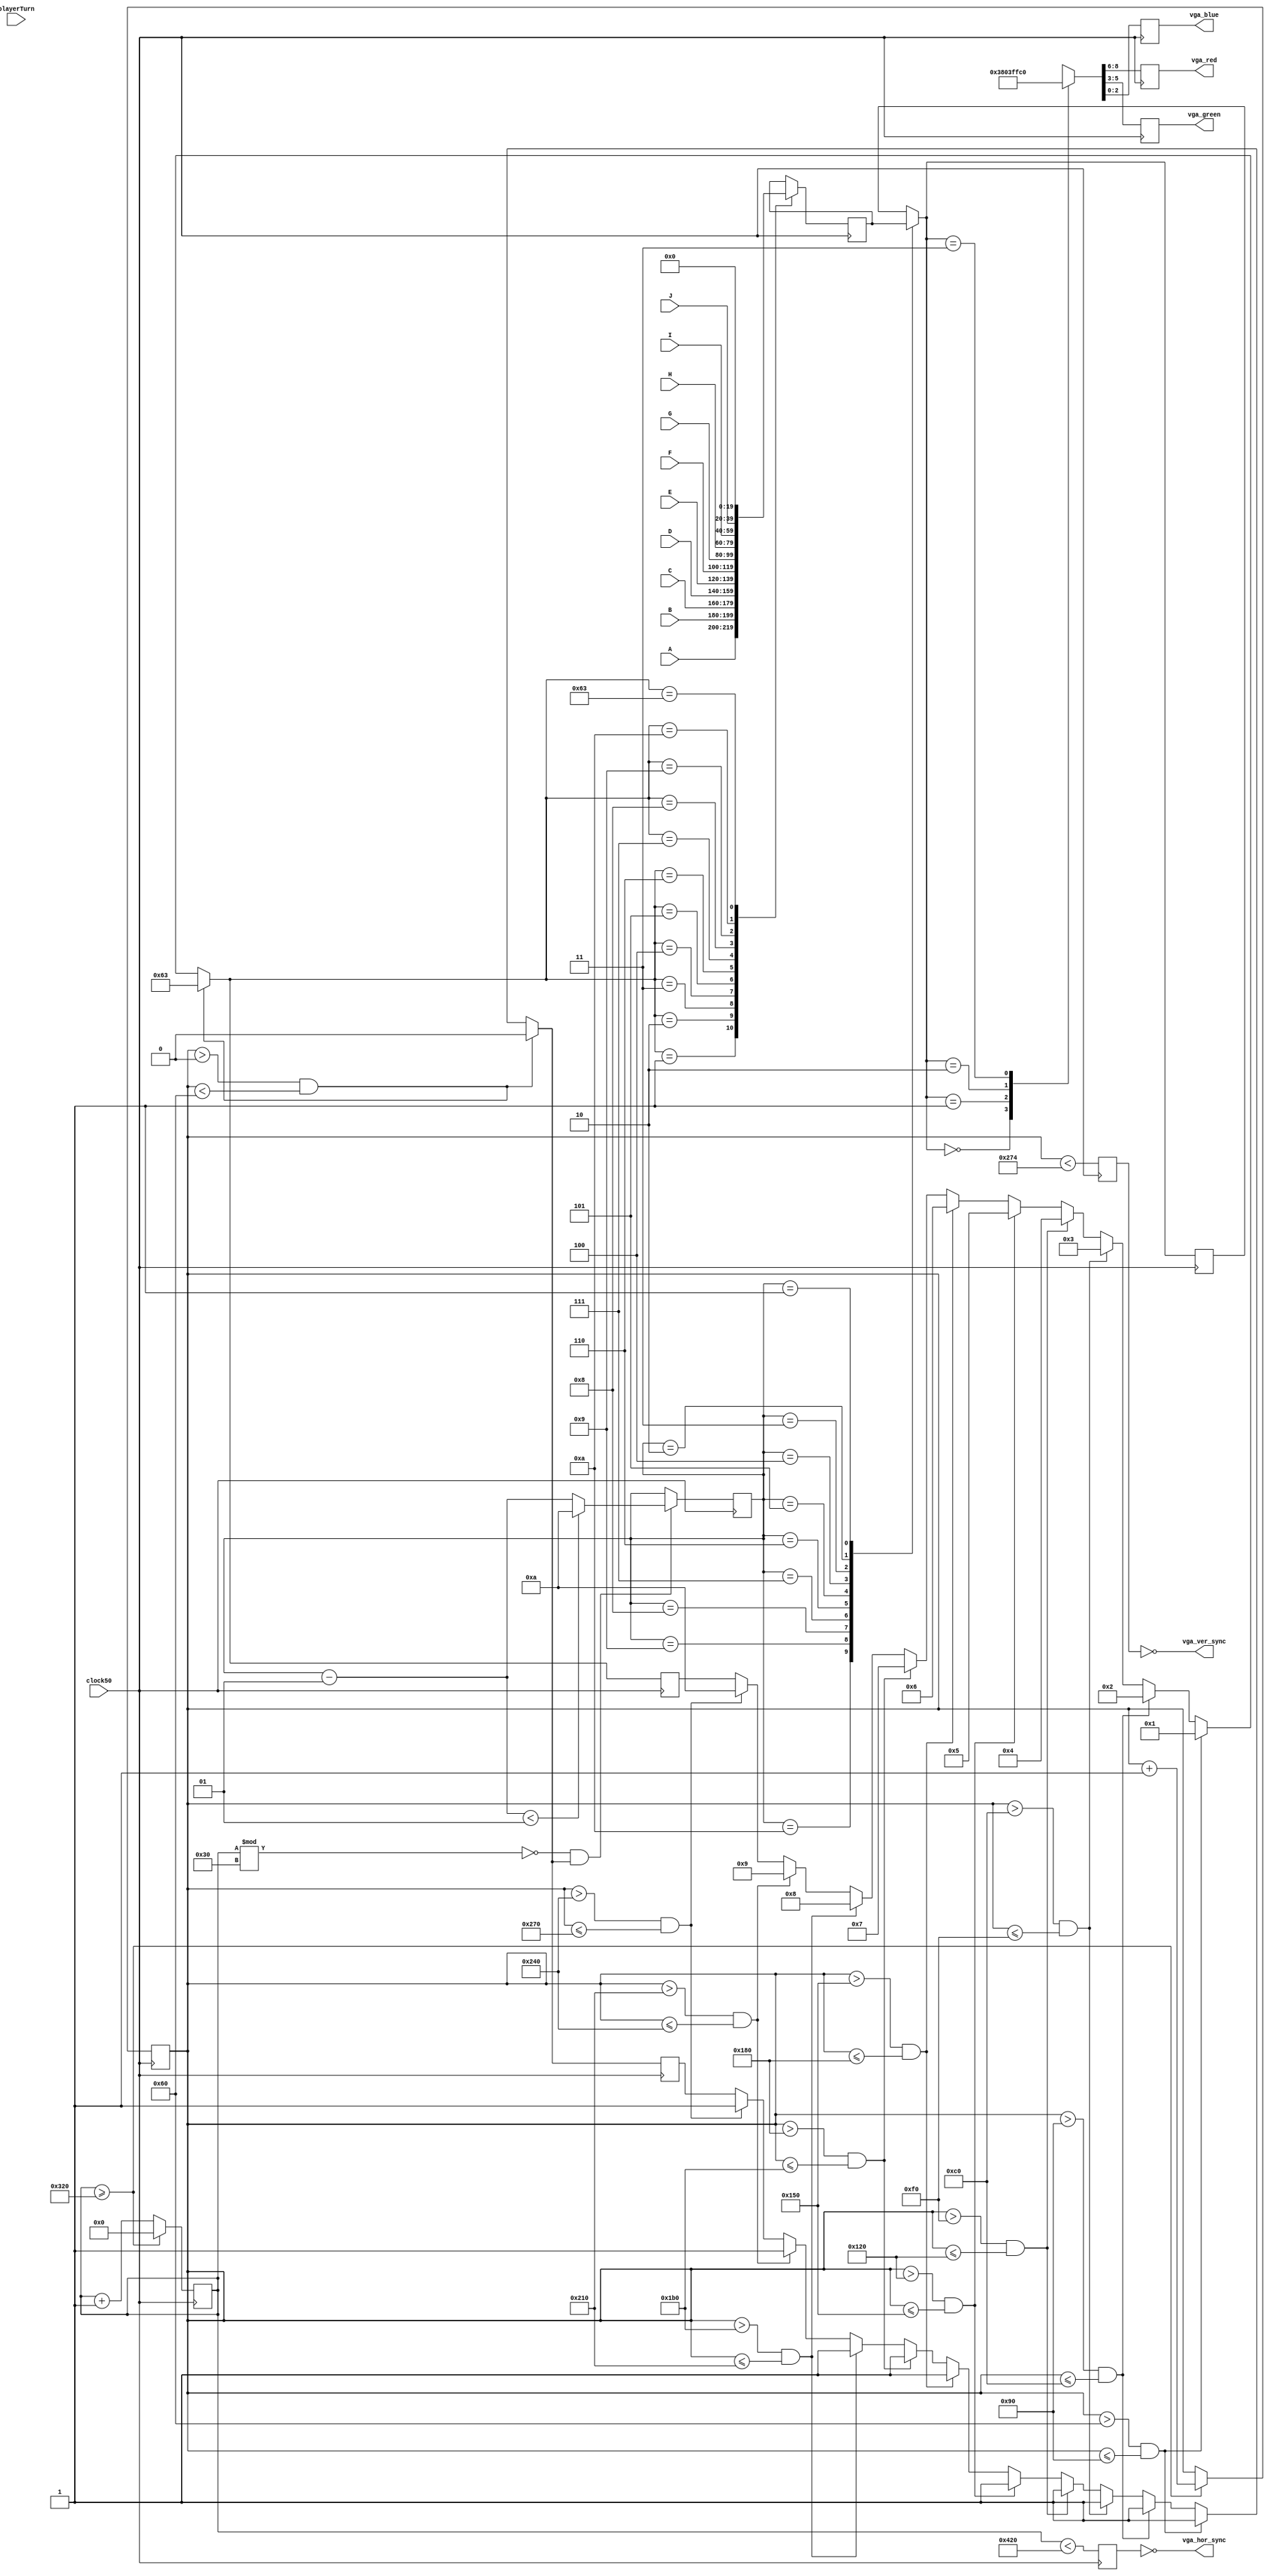
module VGA_CONTROLLER ( 
		clock50, // 640x480 @ 25.175MHz Pixel Clock
					// 800x600 @ 40.0MHz pixel clock
		A, B, C, D, E, F, G, H, I, J, 
		playerTurn,
		vga_red, 
		vga_green, 
		vga_blue, 
		vga_hor_sync, 
		vga_ver_sync
);

input  clock50;

// 800 x 600 resolution...
parameter HORIZONTAL_DISPLAY = 800;
parameter VERTICAL_DISPLAY   = 600;
// has a blanking time of:
//Resolution (pixels) (https://eewiki.net/pages/viewpage.action?pageId=15925278)
// Resolution  freq  pixel disp  front  sync   back
//                   clock       porch  pulse  porch
// 800x600	    60	 40	 800	 40	 128	   88	    h_sync polarity: p  ??
//                          600	  1	  4	   23	    v_sync polarity: p  ??

// Timing = disp + front porth + sync pulse + back porch
parameter HORIZONTAL_TIMING  = 1056;
parameter VERTICAL_TIMING    = 628;
parameter HORIZONTAL_RETRACE = 120;
parameter VERTICAL_RETRACE   = 6;

// Board stuff
// the 10x10 battleship board! 48x48 pixel boxes
// Blue  - Water
// Grey  - Ship
// Red   - Hit
// White - Miss
// 00 - water, 01 - ship
// 10 - miss,  11 - hit
// Each two bit section indicates a thingy to draw
input  		 playerTurn;
input [19:0] A;
input [19:0] B; 
input [19:0] C; 
input [19:0] D; 
input [19:0] E; 
input [19:0] F; 
input [19:0] G; 
input [19:0] H; 
input [19:0] I; 
input [19:0] J;  
reg   [19:0] empty_pattern = 20'b00000000000000000000;
reg 	[19:0] tempLetter;
reg    		 can_draw = 0;

// VGA stuff
integer 		 boardLevel;	
integer 		 i;
integer 		 k = 10;
output [2:0] vga_red; 
output [2:0] vga_green;
output [2:0] vga_blue;
output       vga_hor_sync;
output       vga_ver_sync;
reg          red;
reg          green;
reg          blue;
reg 			 display;
reg 	 [8:0] colour;
wire 			 board = ( pixel_x[9:3] == 0 ) || 
							( pixel_x[9:3] == 79 ) || 
							( pixel_y[8:3] == 0 ) || 
							( pixel_y[8:3] == 59 );
reg 	 [2:0] t_red;
reg 	 [2:0] t_green;
reg 	 [2:0] t_blue;
reg 	 	    t_hor;
reg 	       t_ver;
reg    [1:0] tempVal;
reg    [9:0] pixel_x = 0;
reg    [9:0] pixel_y = 0;



always @ ( posedge clock50 )
	begin
		// pixel_x & _y are used to generate the horizontal sync and the
		// vertical sync
		if ( pixel_x >= HORIZONTAL_DISPLAY ) // roughy 30us 767
		 begin
				// Go to begining of Horizontal, and go down a level of vertical
				pixel_x <= 0;
				pixel_y <= pixel_y + 1;
		 end
		else
		 begin
				pixel_x <= pixel_x + 1;
		 end
		
		//if ( pixel_y >= VERTICAL_TIMING )
		// begin
		//	pixel_y <= 0;
		// end
			
		// Horizontal and Vertical Sync
		//t_hor <= ( pixel_x[9:4] == 45 ); // 6'h2D
		//t_ver <= ( pixel_y == VERTICAL_DISPLAY ); // 500???
		//t_hor <= ( pixel_x < HORIZONTAL_DISPLAY );
		//t_ver <= ( pixel_y < VERTICAL_DISPLAY );
		t_hor <= ( pixel_x < HORIZONTAL_TIMING );
		t_ver <= ( pixel_y < VERTICAL_TIMING );
		
		if ( display == 0 )
			display <= ( pixel_x == HORIZONTAL_DISPLAY ) && ( pixel_y < VERTICAL_DISPLAY );
		else
			display <= !( pixel_x == HORIZONTAL_TIMING ); //&& !( pixel_y < VERTICAL_TIMING );
	end  // end vga sync logic
	
	
	
always @ ( posedge clock50 )
	begin
		// maybe just if statements checking the pixel_y for a certain pixel count to draw the 
		// the next letter? Every 48 pixels down draw another letter...
		// very low level hard coded values... starting at 96 and going down too 576.
		// Then pixel_x can just go across each letter and deal with it from 20 to 500 or something.
		
		// Choose a letter to draw
		if ( pixel_y > 0 && pixel_y < 96 )
		 begin
			// Banner
			can_draw = 0;
			colour = playerTurn == 1'b0 ? 9'b111111111 : 9'b000000000;
			boardLevel = 99;
		 end
		else if ( pixel_y > 96 && pixel_y <= 144 )
		 begin
			// A
			can_draw = 1;
			boardLevel = 1;
		 end
		else if ( pixel_y > 144 && pixel_y <= 192 )
		 begin
			// B
			can_draw = 1;
			boardLevel = 2;
		 end
		else if ( pixel_y > 192 && pixel_y <= 240 )
		 begin
			// C
			can_draw = 1;
			boardLevel = 3;
		 end
		else if ( pixel_y > 240 && pixel_y <= 288 )
		 begin
			// D
			can_draw = 1;
			boardLevel = 4;
		 end
		else if ( pixel_y > 288 && pixel_y <= 336 )
		 begin
			// E
			can_draw = 1;
			boardLevel = 5;
		 end
		else if ( pixel_y > 336 && pixel_y <= 384 )
		 begin
			// F
			can_draw = 1;
			boardLevel = 6;
		 end
		else if ( pixel_y > 384 && pixel_y <= 432 )
		 begin
			// G
			can_draw = 1;
			boardLevel = 7;
		 end
		else if ( pixel_y > 432 && pixel_y <= 528 )
		 begin
			// H
			can_draw = 1;
			boardLevel = 8;
		 end
		else if ( pixel_y > 528 && pixel_y <= 576 )
		 begin
			// I
			can_draw = 1;
			boardLevel = 9;
		 end
		else if ( pixel_y > 576 && pixel_y <= 624 )
		 begin
			// J
			can_draw = 1;
			boardLevel = 10;
		 end
			
		case ( boardLevel )
			1:  tempLetter <= A;
			2:  tempLetter <= B;
			3:  tempLetter <= C;
			4:  tempLetter <= D;
			5:  tempLetter <= E;
			6:  tempLetter <= F;
			7:  tempLetter <= G;
			8:  tempLetter <= H;
			9:  tempLetter <= I;
			10: tempLetter <= J;
			99: tempLetter <= empty_pattern;
		endcase
			
		case ( k )
			10: tempVal = tempLetter[19:18];
			9:  tempVal = tempLetter[17:16];
			8:  tempVal = tempLetter[15:14];
			7:  tempVal = tempLetter[13:12];
			6:  tempVal = tempLetter[11:10];
			5:  tempVal = tempLetter[9:8];
			4:  tempVal = tempLetter[7:6];
			3:  tempVal = tempLetter[5:4];
			2:  tempVal = tempLetter[3:2];
			1:  tempVal = tempLetter[1:0];
		endcase
		
		case ( tempVal )
			2'b00: colour = 9'b000000111; // water
			2'b01: colour = 9'b000000000; // ship
			2'b10: colour = 9'b111111111; // miss
			2'b11: colour = 9'b111000000; // hit
		endcase
		
		if ( ( pixel_x % 48 == 0 ) && ( can_draw == 1 ) )
		 begin
			k = k - 1;
		
			if ( k < 1 )
			 begin
				k = 10;
			 end
		 end
			
		t_red   <=  colour[8:6];
		t_green <=  colour[5:3];
		t_blue  <=  colour[2:0];
	end // end board logic
	
assign vga_hor_sync = ~t_hor;
assign vga_ver_sync = ~t_ver;

assign vga_red   = t_red;   //& display;
assign vga_green = t_green; //& display;
assign vga_blue  = t_blue;  //& display;

endmodule